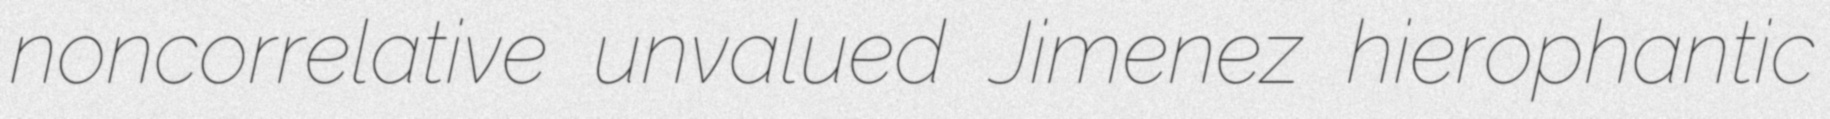
noncorrelative unvalued Jimenez hierophantic